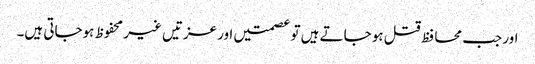
اور جب محا فظ قتل ہو جاتے ہیں تو عصمتیں اور عزتیں غیر محفوظ ہوجاتی ہیں۔